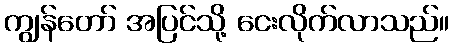
ကျွန်တော် အပြင်သို့ ငေးလိုက်လာသည်။